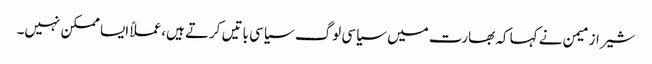
شیراز میمن نے کہا کہ بھارت میں سیاسی لوگ سیاسی باتیں کرتے ہیں،عملاً ایسا ممکن نہیں۔